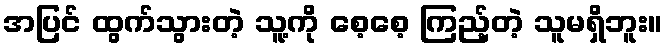
အပြင် ထွက်သွားတဲ့ သူ့ကို စေ့စေ့ ကြည့်တဲ့ သူမရှိဘူး။